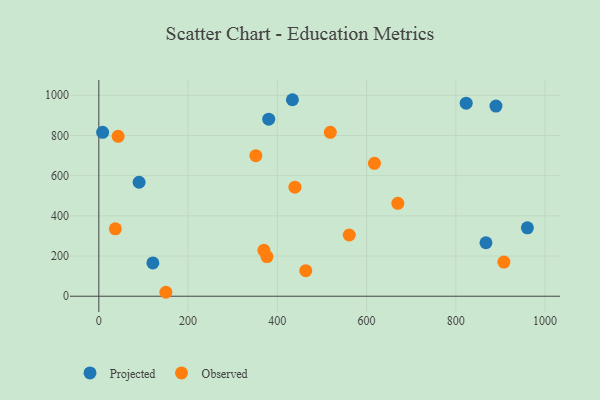
{"axis": {"x": "Engine Size", "y": "Fuel Efficiency"}, "legend": ["Observed", "Projected"], "data": [{"x": "433.8", "y": 977.8, "type": "Projected"}, {"x": "867.5", "y": 266.2, "type": "Projected"}, {"x": "960.3", "y": 340.6, "type": "Projected"}, {"x": "90.2", "y": 567.2, "type": "Projected"}, {"x": "8.5", "y": 815.8, "type": "Projected"}, {"x": "823.2", "y": 960.6, "type": "Projected"}, {"x": "889.9", "y": 946.3, "type": "Projected"}, {"x": "380.7", "y": 880.9, "type": "Projected"}, {"x": "121.1", "y": 165.9, "type": "Projected"}, {"x": "463.7", "y": 127.2, "type": "Observed"}, {"x": "617.6", "y": 661.2, "type": "Observed"}, {"x": "150.2", "y": 19.7, "type": "Observed"}, {"x": "907.7", "y": 170.1, "type": "Observed"}, {"x": "37.0", "y": 335.4, "type": "Observed"}, {"x": "376.7", "y": 197.3, "type": "Observed"}, {"x": "439.4", "y": 542.8, "type": "Observed"}, {"x": "351.8", "y": 699.2, "type": "Observed"}, {"x": "670.0", "y": 462.5, "type": "Observed"}, {"x": "369.9", "y": 228.6, "type": "Observed"}, {"x": "43.3", "y": 795.7, "type": "Observed"}, {"x": "518.7", "y": 815.7, "type": "Observed"}, {"x": "561.1", "y": 304.8, "type": "Observed"}]}